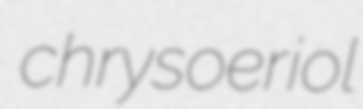
chrysoeriol